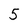
Character: 5